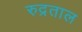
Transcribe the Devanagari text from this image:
रुद्रताल